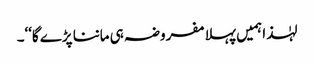
لہٰذا ہمیں پہلا مفروضہ ہی ماننا پڑے گا‘‘۔